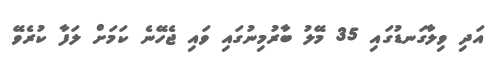
އަދި ވިލާގަނޑުގައި 35 މޭލު ބާރުމިނުގައި ވައި ޖެހޭނެ ކަމަށް ލަފާ ކުރެވޭ